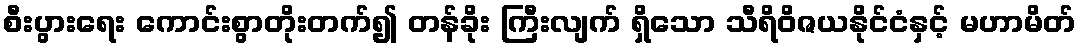
စီးပွားရေး ကောင်းစွာတိုးတက်၍ တန်ခိုး ကြီးလျက် ရှိသော သီရိဝိဇယနိုင်ငံနှင့် မဟာမိတ်